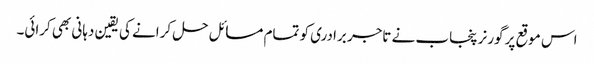
اس موقع پر گورنر پنجاب نے تاجر برادری کو تمام مسائل حل کرانے کی یقین دہانی بھی کرائی۔